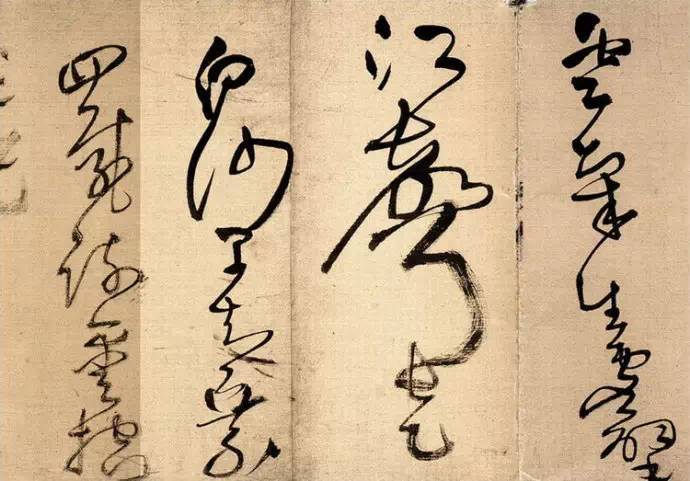
禹庙空山里，秋风落日斜。